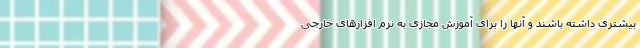
بیشتری داشته باشند و آنها را برای آموزش مجازی به نرم افزارهای خارجی